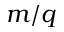
m / q